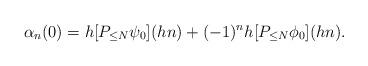
LaTeX: \begin{align*}\alpha_n (0) = h [P_{\leq N} \psi_0] (hn) + (-1)^n h [P_{\leq N} \phi_0] (hn).\end{align*}